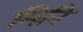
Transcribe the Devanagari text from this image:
मिनि